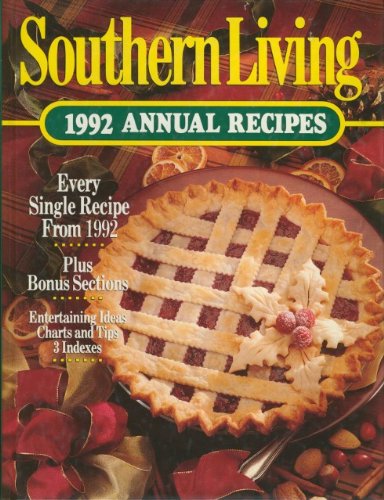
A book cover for Southern Living 1992 Annual Recipes; Southern Living; Cookbooks, Food & Wine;